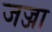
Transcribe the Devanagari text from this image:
जज्जा